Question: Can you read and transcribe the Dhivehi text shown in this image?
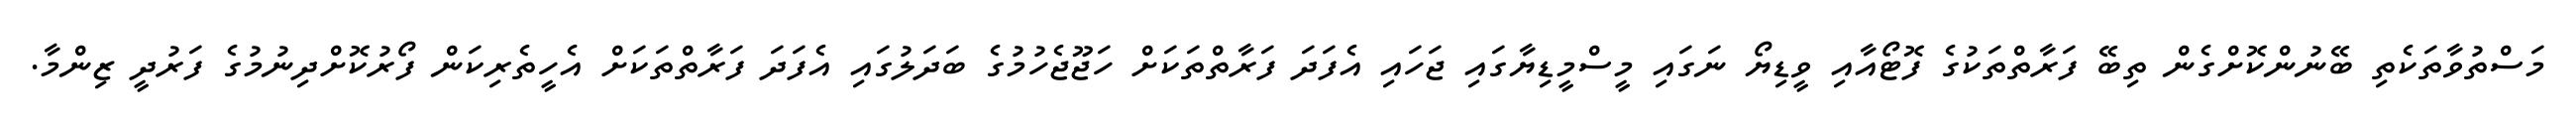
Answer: މަސްތުވާތަކެތި ބޭނުންކޮށްގެން ތިބޭ ފަރާތްތަކުގެ ފޮޓޯއާއި ވީޑިޔޯ ނަގައި މީސްމީޑިޔާގައި ޖަހައި އެފަދަ ފަރާތްތަކަށް ހަޖޫޖެހުމުގެ ބަދަލުގައި އެފަދަ ފަރާތްތަކަށް އެހީތެރިކަން ފޯރުކޮށްދިނުމުގެ ފަރުދީ ޒިންމާ.